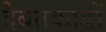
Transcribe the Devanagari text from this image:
दैबतकाडों